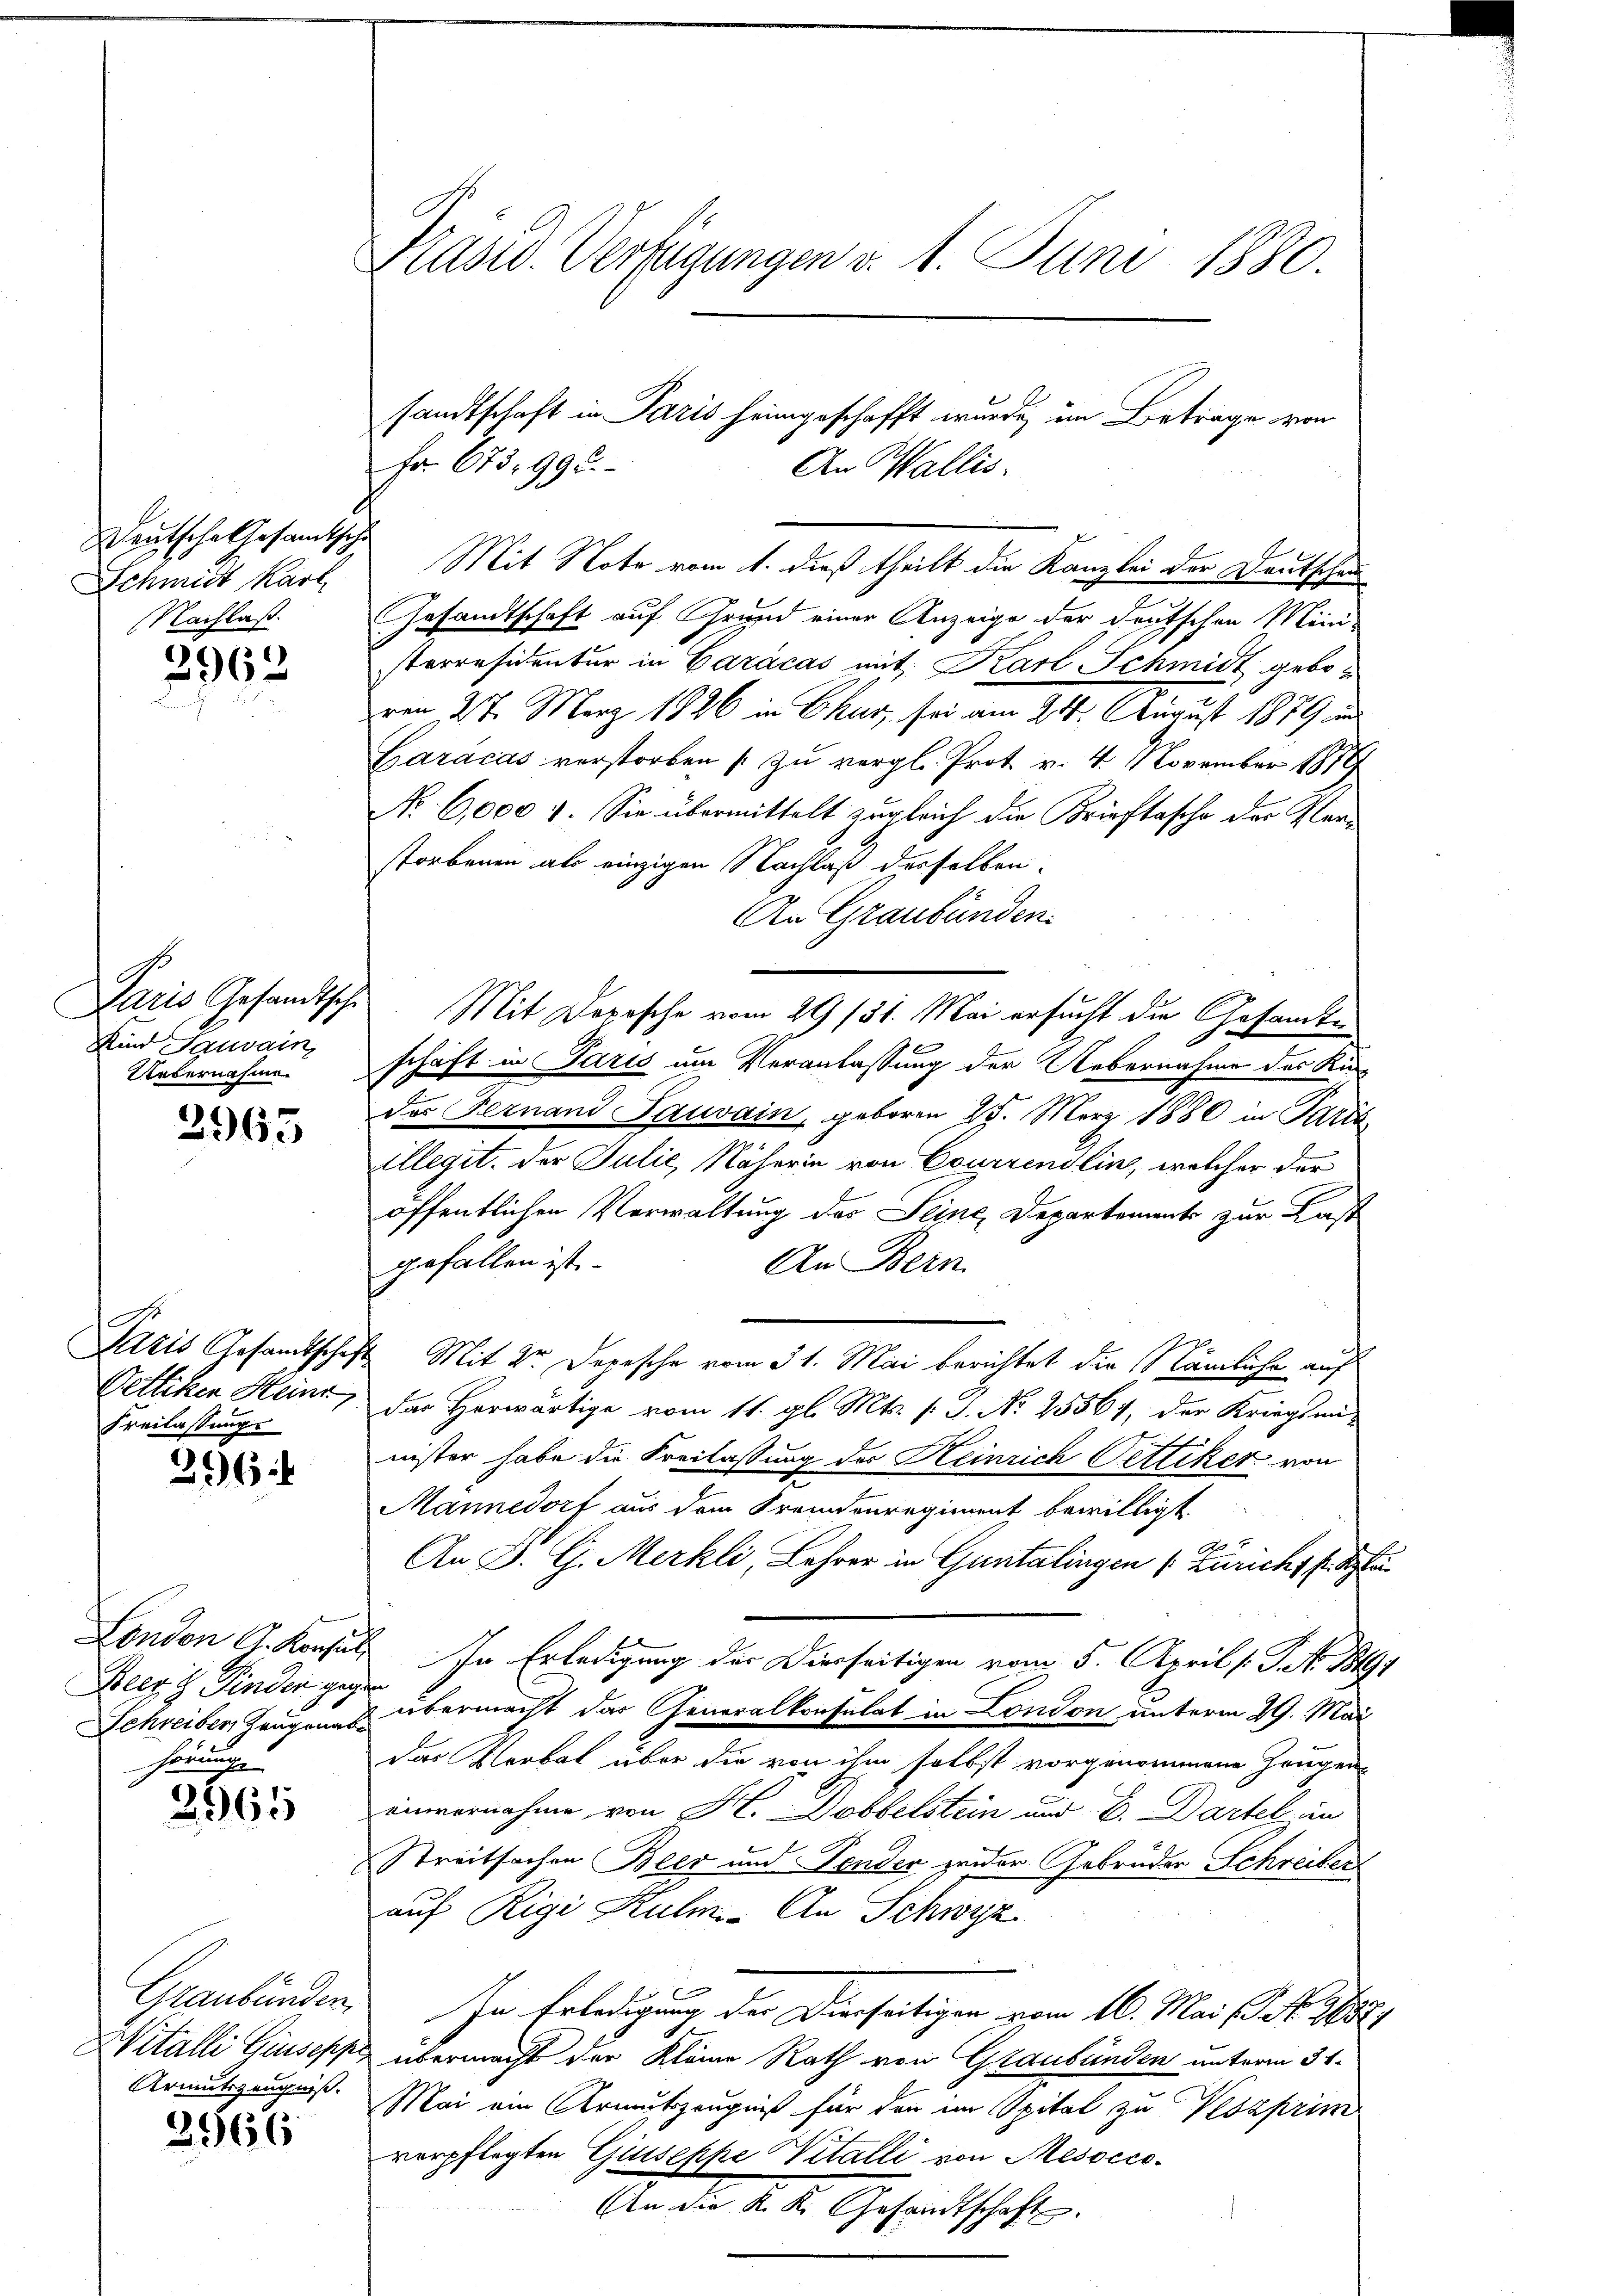
Deutsche Gesandtische
Schmidt Karl,
Nachlaß.

2962

Sind Sauvain,
Uebernahme.

2963

r
Oettiken Heinr
Freilassung

396 f

Beer Finder gegen
hörung

2965

Graubünden,
Witalli Giuseppe,
Armutszeugniß.

2966

Präsid. Verfügungen v. 1. Juni 1880.

Mit Note vom 1. dieß theilt die Kanzlei der Deutschen
z
Gesandtschaft auf Grund einer Anzeige der deutschen Mini-
sterresidentur in Carácas mit Karl Schmidt gebo-
vom 27. März 1826 in Chur, sei am 21. August 1879 in
Caracas verstorben (zu vergl. Prot. v. 4. November 1819
No. 6,000 f. Sie übermittelt zugleich die Krieftasche der Verstorbenen als einzigen Nachlaß derselben,
An Graubünden.
Paris Gesandtsche Mit Depesche vom 29/31. Mai ersucht die Gesandte
t
schaft in Paris um Veranlassung der Uebernahme des Kin-
des Fernand Pauvain, geboren 25. März 1886 in Paris
illegit. Der Julić, Näherin von Courrendlin, welcher der
öffentlichen Verwaltung des Seine Departement zur Kast
gefallen ist.
An Bern.
Laris Gesandtschaft Mit Dr. Depesche vom 31. Mai berichtet die Nämliche auf
der Herwärtige vom 11. gl. Mts. /: J. No 25561, der Kriegsmi-
nister habe die Freilassung des Heinrich Pettiker von
Mannedorf aus dem Fremdenregiment bewilligt.
An D. G. Merkli, Lehrer in Guntalingen (Züricht f. St
London A. Konsuls. In Erledigung der Dierseitigen vom 5. April l. J. k. B.
Schreiben Zeugen übermacht der Generalkonsulat in London unterm 29. Mai
das Verbal über die von ihm selbst vorgenommene Zeugen
einvernahme von H. Dobbelstein und D. Dartel in
Streitsachen Beer und Tender wider Gebrüder Schreiber
auf Rigi Kulm- An Schwyz
In Erledigung der Dierseitigen vom 16. Mai d. M. 188
übermacht der Kleine Rath von Graubünden unterm 31.
Mai ein Armutszeugniß für den im Spital zu Veszprim
verpflegten Giuseppe Vitalli von Mesocco¬
An die K. K. Gesandtschaft.

sandtschaft in Paris heimgeschafft wurde, im Beträge von
Fr. 673. 992.
An Wallis.